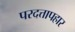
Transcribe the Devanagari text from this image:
परदत्तापहार